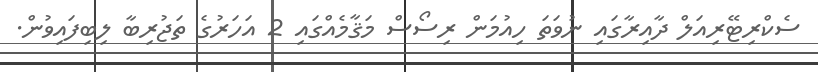
ސެކްރިޓޭރިއަލް ދާއިރާގައި ނުވަތަ ހިއުމަން ރިސޯސް މަޤާމެއްގައި 2 އަހަރުގެ ތަޖުރިބާ ލިބިފައިވުން.